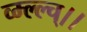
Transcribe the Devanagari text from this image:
व्म्ल्ल्च्।।